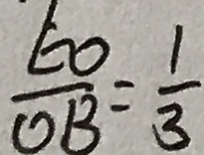
\frac { E O } { O B } = \frac { 1 } { 3 }